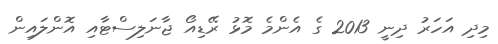
މިދި އަހަރު ދިނީ 2013 ގެ އެންމެ މޮޅު ރޭޑިއޯ ޖާނަލިސްޓާއި އޮންލައިން